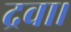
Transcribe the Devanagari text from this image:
द्रवा।